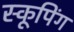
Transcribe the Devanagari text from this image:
स्कूपिंग